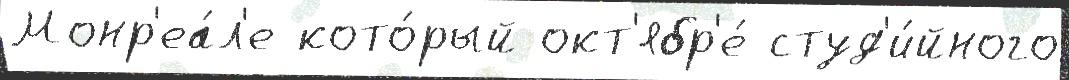
Монр'еа́л'е кото́рый окт'ябр'е́ студ'и́йного